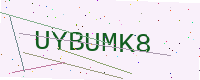
Text: UYBUMK8